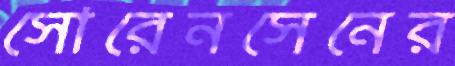
সোরেনসেনের